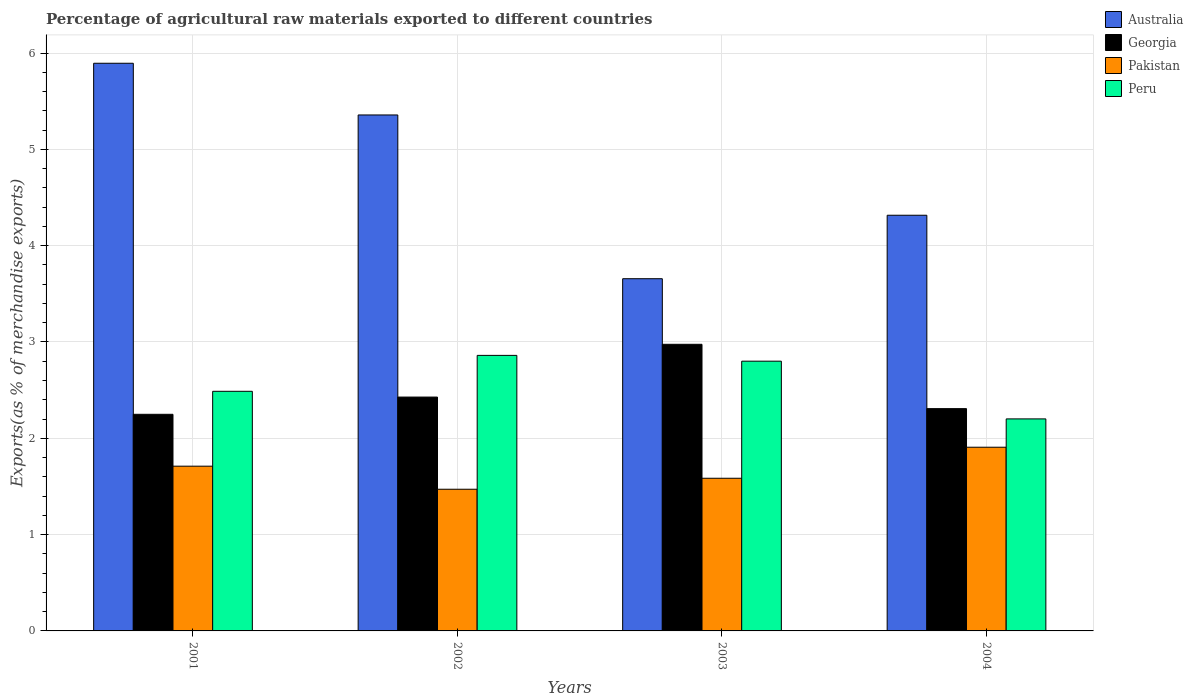
| Years | Australia | Georgia | Pakistan | Peru |
 | --- | --- | --- | --- | --- |
 | 2001 | 5.89 | 2.25 | 1.71 | 2.49 |
 | 2002 | 5.36 | 2.43 | 1.47 | 2.86 |
 | 2003 | 3.66 | 2.98 | 1.59 | 2.8 |
 | 2004 | 4.32 | 2.31 | 1.91 | 2.2 |